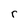
Character: r